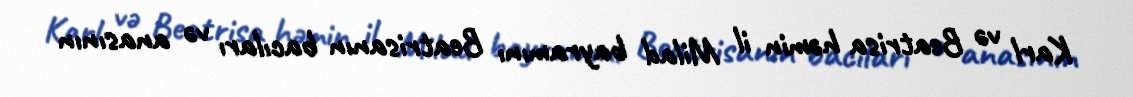
Karl və Beatrisa həmin il Milad bayramını Beatrisanın bacıları və anasının